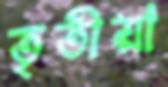
তৃতীয়া